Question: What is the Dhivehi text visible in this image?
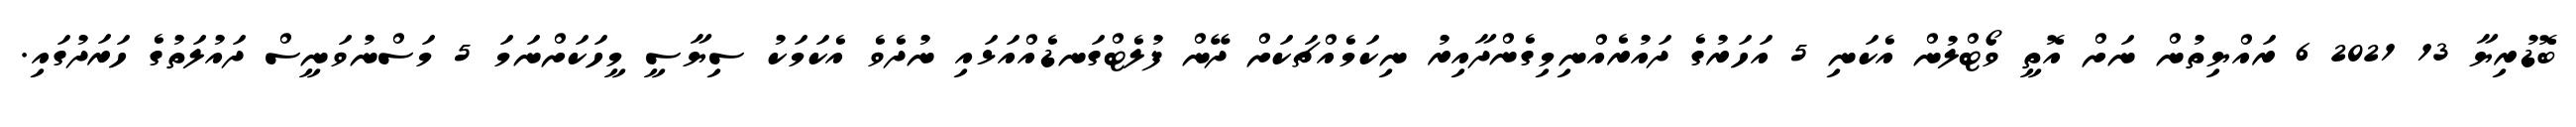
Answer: ބޮޑުރިޔާ 13 2021 6 ރައްޔިތުން ނަށް އޮތީ ވޯޓްލުން އެކަނި 5 އަހަރުގެ ދައުރެއްނިމިގެންދާއިރު ނިކަމެއްޗަކަށް ދޭން ފުލެޓްގަނޑެއްއަޅައި ނުދެވެ އެކަމަކު ސިޔާސީ މީހަކަށްނަމަ 5 މަސްނުވަނީސް ދައުލަތުގެ ހަރަދުގައި.